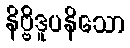
နိဗ္ဗိဒူပနိသော